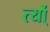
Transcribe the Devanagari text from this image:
र्त्यो्